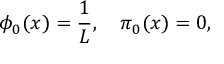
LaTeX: \phi _ { 0 } ( x ) = \displaystyle \frac { 1 } { L } , \quad \pi _ { 0 } ( x ) = 0 ,